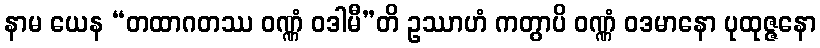
နာမ ယေန “တထာဂတဿ ဝဏ္ဏံ ဝဒါမီ”တိ ဥဿာဟံ ကတွာပိ ဝဏ္ဏံ ဝဒမာနော ပုထုဇ္ဇနော